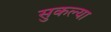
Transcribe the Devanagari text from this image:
सुकल्या